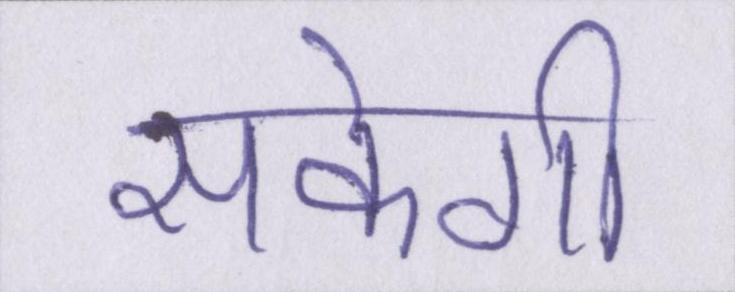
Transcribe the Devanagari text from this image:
सकेगी